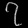
Digit: ၇